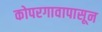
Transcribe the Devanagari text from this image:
कोपरगावापासून